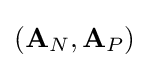
({\textbf {A}}_{N},{\textbf {A}}_{P})